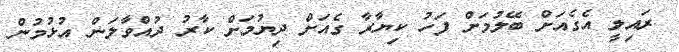
ރައިލީ އެގެއަށް ބޭލުމަށް ފަހު ކިޔާރާ ގެއަށް ދިޔުމަށް ކާރު ދުއްވާލަން އުޅުމުން